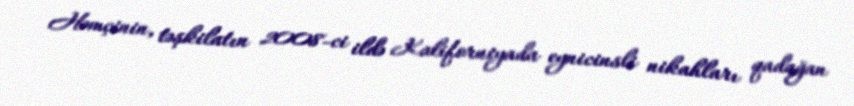
Həmçinin, təşkilatın 2008-ci ildə Kaliforniyada eynicinsli nikahları qadağan